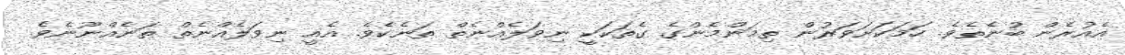
އެއުރެން ބުނެތެވެ. ހަމަކަށަވަރުން ތިމަންމެންގެ ގެތަކަކީ ނިވަލެއްނެތް ތަނެކެވެ. އެއީ ނިވަލެއްނެތް ތަނެއްނޫނެވެ.